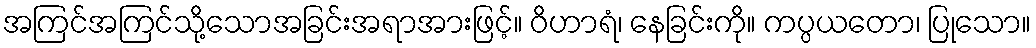
အကြင်အကြင်သို့သောအခြင်းအရာအားဖြင့်။ ဝိဟာရံ၊ နေခြင်းကို။ ကပ္ပယတော၊ ပြုသော။